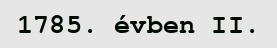
1785. évben II.